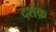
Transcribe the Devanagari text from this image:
दर्शक़